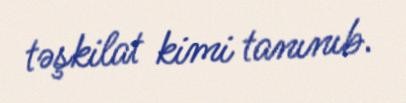
təşkilat kimi tanınıb.